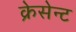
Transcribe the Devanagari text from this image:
क्रेसेन्ट